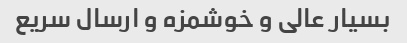
بسیار عالی و خوشمزه و ارسال سریع